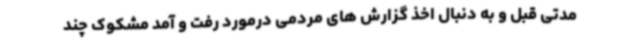
مدتی قبل و به دنبال اخذ گزارش های مردمی درمورد رفت و آمد مشکوک چند